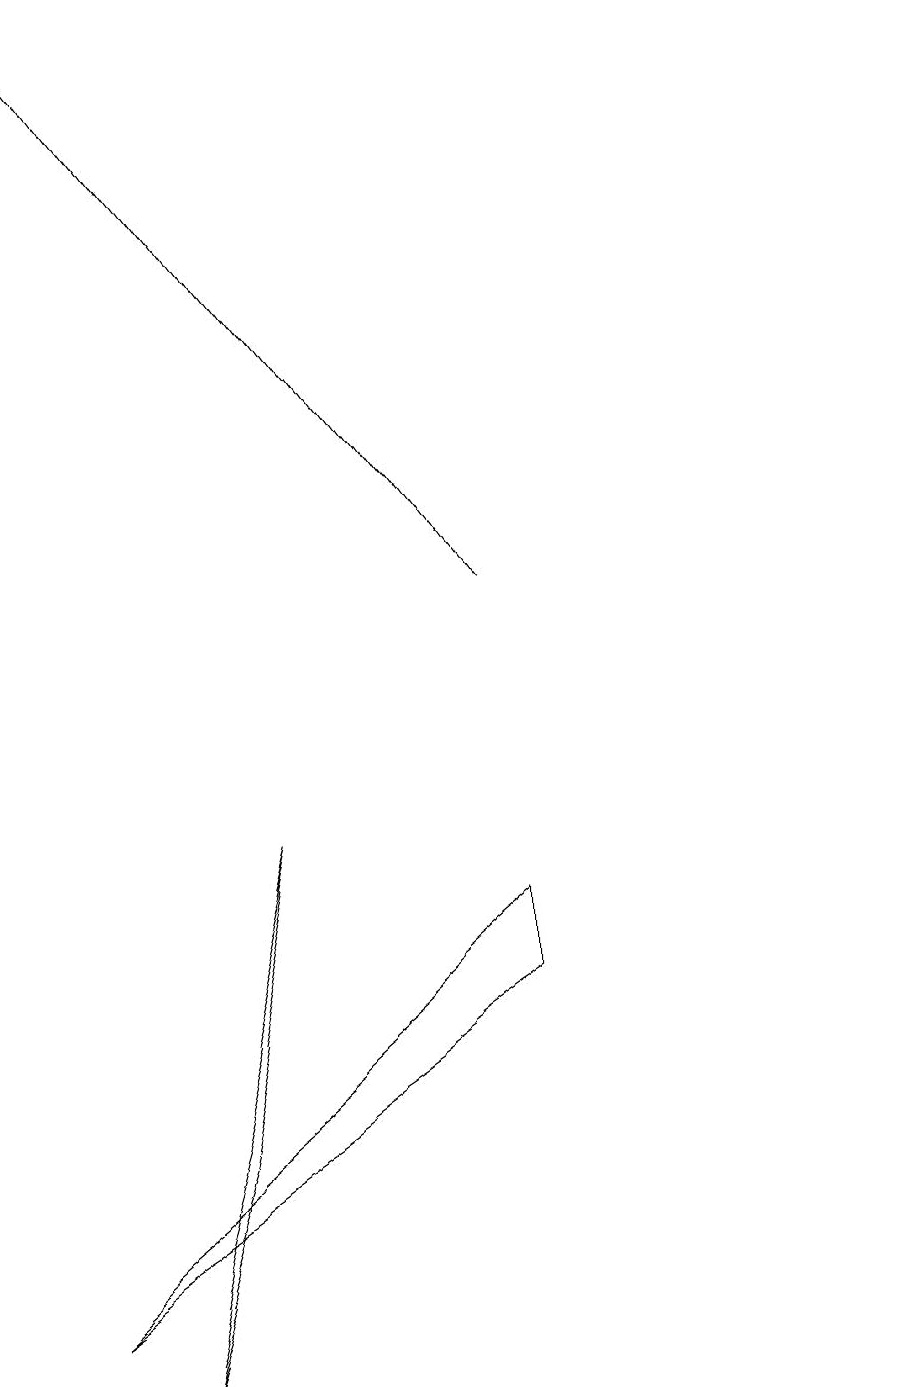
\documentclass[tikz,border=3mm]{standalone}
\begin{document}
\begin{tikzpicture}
\draw (2,3) -- (3,7) -- (1,0) -- cycle;
\draw[->] (6,10) -- (1,17);
\draw (11,11) circle (0);
\draw (6,6) -- (0,1) -- (6,5) -- cycle;
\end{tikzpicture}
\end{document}